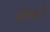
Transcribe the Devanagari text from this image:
गोणते